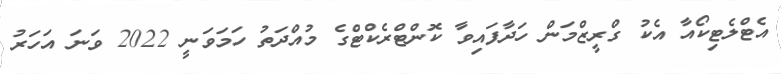
އެޓްލެޓިކޯއާ އެކު ގްރީޒްމަން ހަދާފައިވާ ކޮންޓްރެކްޓްގެ މުއްދަތު ހަމަވަނީ 2022 ވަނަ އަހަރު